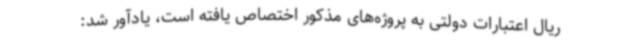
ریال اعتبارات دولتی به پروژه‌های مذکور اختصاص یافته است، یادآور شد: